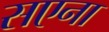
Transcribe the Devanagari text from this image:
सएना